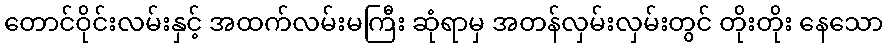
တောင်ဝိုင်းလမ်းနှင့် အထက်လမ်းမကြီး ဆုံရာမှ အတန်လှမ်းလှမ်းတွင် တိုးတိုး နေသော